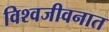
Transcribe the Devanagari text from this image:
विश्वजीवनात